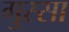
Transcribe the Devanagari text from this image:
गुस्‍सा